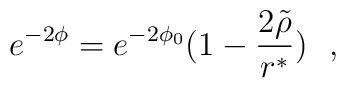
e^{-2\phi} = e^{-2\phi_0}(1-\frac{2 \tilde{\rho}}{r^{\ast}})~~,